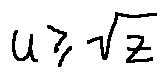
u \geq \sqrt { z }